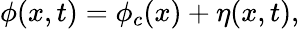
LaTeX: \phi(x,t)=\phi_{c}(x)+\eta(x,t),